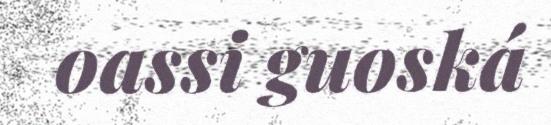
oassi guoská